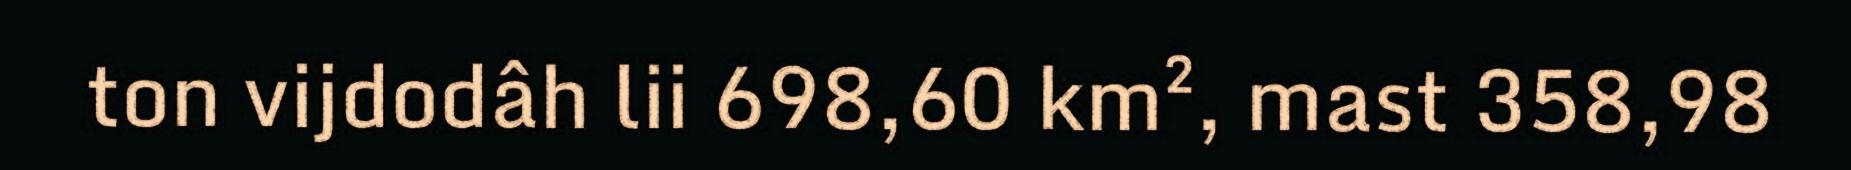
ton vijdodâh lii 698,60 km², mast 358,98